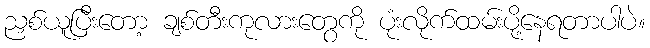
ညှစ်ယူပြီးတော့ ချစ်တီးကုလားတွေကို ပုံးလိုက်ထမ်းပို့နေရတာပါပဲ။